King Institute of Preventive Medicine Micro-Biological Section reports 1909-11
Year: 1909
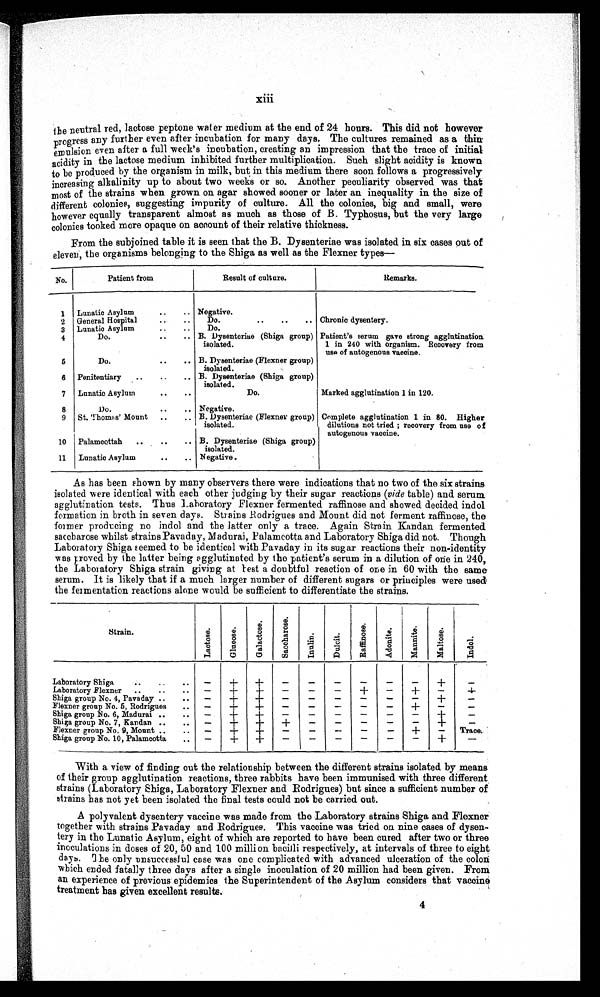
xiii
the neutral red, lactose peptone water medium at the end of 24 hours. This did not however
progress any further even after incubation for many days. The cultures remained as a thin:
emulsion even after a full week's incubation, creating an impression that the trace of initial
acidity in the lactose medium inhibited further multiplication. Such slight acidity is known
to be produced by the organism in milk, but in this medium there soon follows a progressively
increasing alkalinity up to about two weeks or so. Another peculiarity observed was that
most of the strains when grown on agar showed sooner or later an inequality in the size of
different colonies, suggesting impurity of culture. All the colonies, big and small, were
however equally transparent almost as much as those of B. Typhosus, but the very large
colonies tooked more opaque on account of their relative thickness.
From the subjoined table it is seen that the B. Dysenteriae was isolated in six cases out of
eleven, the organisms belonging to the Shiga as well as the Flexner types—
No.
Patient from
Result of culture.
Remarks.
1
Lunatic Asylum
Negative.
2
General Hospital
Do.
Chronic dysentery.
3
Lunatic Asylum
Do.
4
Do.
B. Dysenteriae (Shiga group)
isolated.
Patient's serum gave strong agglutination.
1 in 240 with organism. Recovery from
use of autogenous vaccine.
5
Do.
B. Dysenteriae (Flexner group)
isolated.
6 Penitentiary
B. Dysenteriae (Shiga group)
isolated.
7
Lunatic Asylum
Do.
Marked agglutination 1 in 120.
8
Do.
Negative.
9
St. Thomas' Mount
B. Dysenteriae (Flexner group)
isolated.
Complete agglutination 1 in 80. Higher
dilutions not tried; recovery from use of
autogenous vaccine.
10 Palamcottah
B. Dysenteriae (Shiga group)
isolated.
11
Lunatic Asylum
Negative .
As has been shown by many observers there were indications that no two of the six strains
isolated were identical with each other judging by their sugar reactions ( vide table) and serum.
agglutination tests. Thus Laboratory Flexner fermented raffinose and showed decided indol
formation in broth in seven days. Strains Rodrigues and Mount did not ferment raffinose, the
former producing no indol and the latter only a trace. Again Strain Kandan fermented
saccharose whilst strains Pavaday,Madurai, Palamcotta and Laboratory Shiga did not. Though
Laboratory Shiga seemed. to be identical with Pavaday in its sugar reactions their non-identity
vas proved by the latter being agglutinated by the patient's serum in a dilution of one in 240,
the Laboratory Shiga strain giving at test a doubtful reaction of one in 60 with the same
serum. It is likely that if a much larger number of different sugars or principles were used
the fermentation reactions alone would be sufficient to differentiate the strains.
Strain.
Lactose.
Gl u c o s e .
Gal act ose.
+S a c c h a r o s e .
Inulin.
Dulcit.
Raffinose.
Adoni t e.
Mannite.
Mal t ose.
I ndol .
Laboratory Shiga
−
+
+
−
−
−
−
−
−
+
−
Laboratory Flexner
−
+
+
−
−
−
+
−
+
−
+
Shiga group No. 4, Pavaday
−
+
+
−
−
−
−
−
−
+
−
Flexner group No. 5, Rodrigues
−
+
+
−
−
−
−
−
+
−
−
Shiga group No. 6, Madurai
−
+
+
−
−
−
−
−
−
+
−
Shiga group No. 7, Kandan
−
+
+
+
−
−
−
−
−
+
−
Flexner group No. 9, Mount −
+
+
−
−
−
−
−
+
−
Trace.
Shiga group No. 10, Palamcotta
−
+
+
−
−
−
−
−
−
+
−
With a view of finding out the relationship between the different strains isolated by means
of their group agglutination reactions, three rabbits have been immunised with three different
strains (Laboratory Shiga, Laboratory Flexner and Rodrigues) but since a sufficient number of
strains has not yet been isolated the final tests could not be carried out.
A polyvalent dysentery vaccine was made from the Laboratory strains Shiga and Flexner
together with strains Pavaday and Rodrigues. This vaccine was tried on nine cases of dysen-
tery in the Lunatic Asylum, eight of which are reported to have been cured after two or three
inoculations in doses of 20, 50 and 100 million bacilli respectively, at intervals of three to eight
days. The only unsuccessful case was one complicated with advanced ulceration of the colon
which ended fatally three days after a single inoculation of 20 million had been given. From
an experience of previous epidemics the Superintendent of the Asylum considers that vaccine
treatment has given excellent results.
4